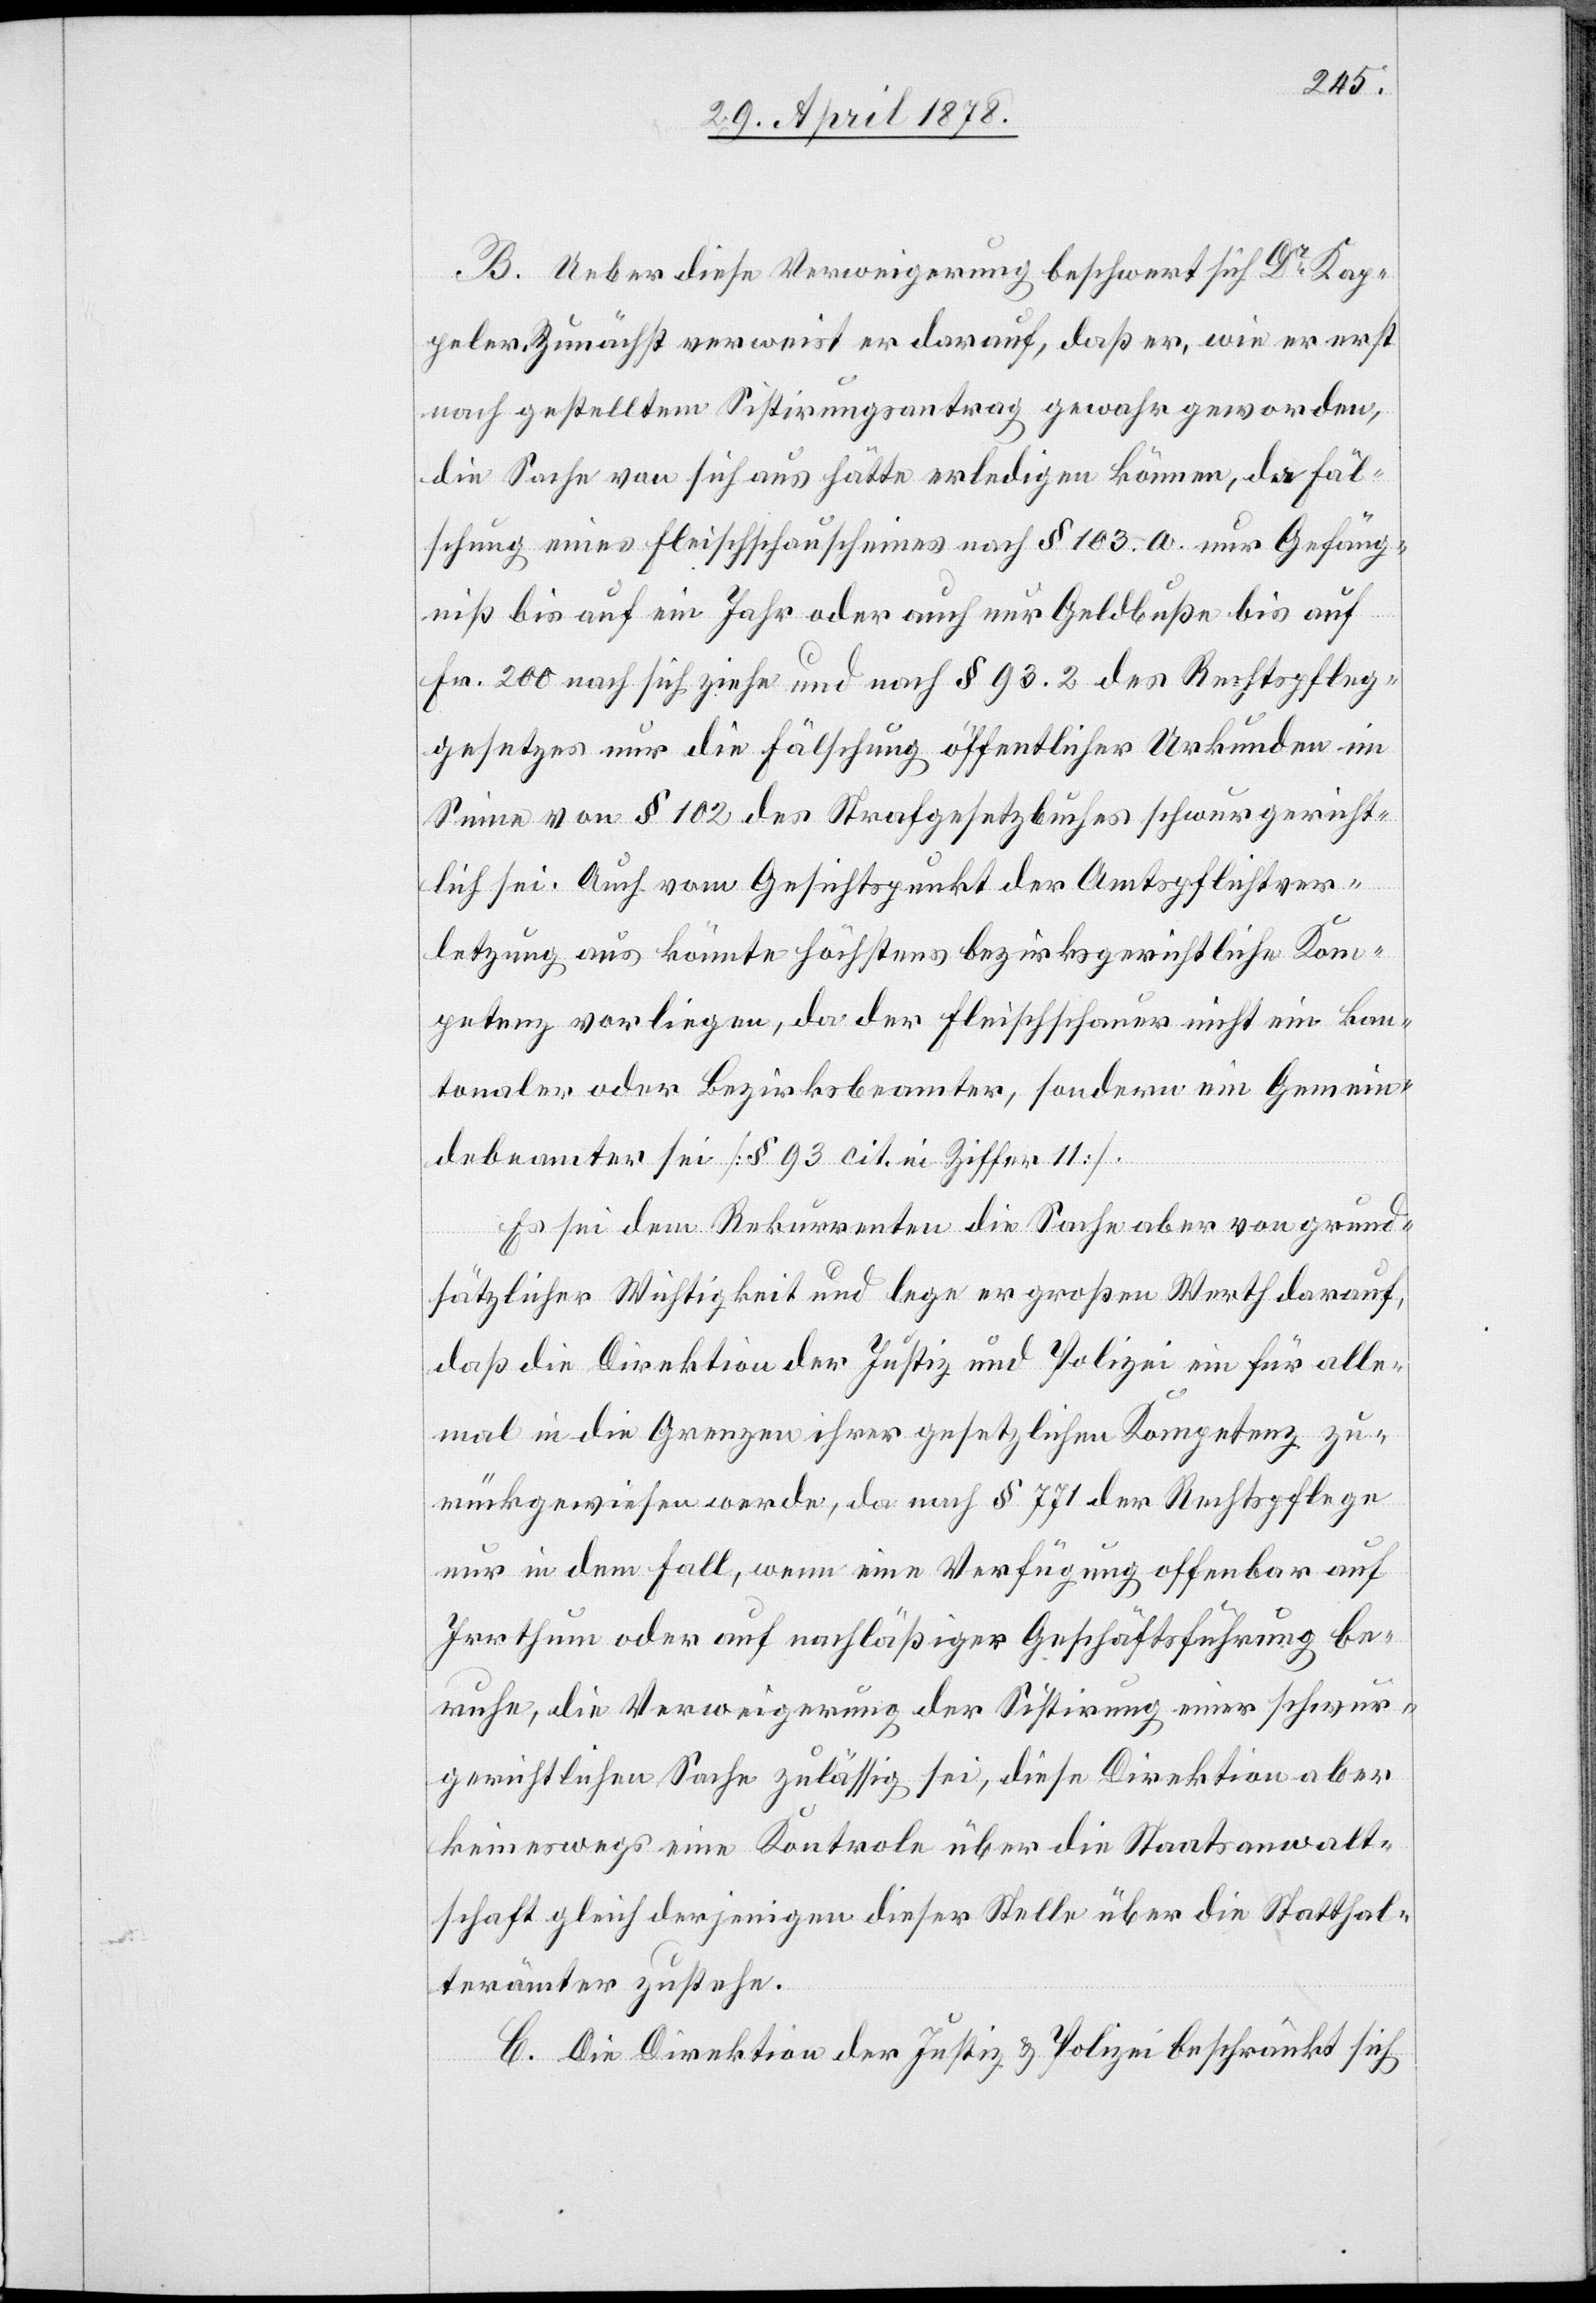
B. Ueber diese Verweigerung beschwert sich Dr Kap¬
peler. Zunächst verweist er darauf, daß er, wie er erst
nach gestelltem Sistirungsantrag gewahr geworden,
die Sache von sich aus hätte erledigen können, da Fäl¬
schung eines Fleischschauscheines nach § 103. a. nur Gefäng¬
niß bis auf ein Jahr oder auch nur Geldbuße bis auf
Fr. 200 nach sich ziehe und nach § 93.2 des Rechtspfleg¬
gesetzes nur die Fälschung öffentlicher Urkunden im
Sinne von § 102 des Strafgesetzbuches schwurgericht¬
lich sei. Auch vom Gesichtspunkt der Amtspflichtver¬
letzung aus könnte höchstens bezirksgerichtliche Kom¬
petenz vorliegen, da der Fleischschauer nicht ein kan¬
tonaler oder Bezirksbeamter, sondern ein Gemein¬
debeamter sei [§ 93 cit. in Ziffer 11].
Es sei dem Rekurrenten die Sache aber von grund¬
sätzlicher Wichtigkeit und lege er großen Werth darauf,
daß die Direktion der Justiz und Polizei ein für alle¬
mal in die Grenzen ihrer gesetzlichen Kompetenz zu¬
rückgewiesen werde, da nach § 771 der Rechtspflege
nur in dem Fall, wenn eine Verfügung offenbar auf
Irrthum oder auf nachlässiger Geschäftsführung be¬
ruhe, die Verweigerung der Sistirung einer schwur¬
gerichtlichen Sache zulässig sei, diese Direktion aber
keineswegs eine Kontrole über die Staatsanwalt¬
schaft gleich derjenigen dieser Stelle über die Statthal¬
terämter zustehe.
C. Die Direktion der Justiz & Polizei beschränkt sich